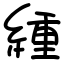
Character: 緟